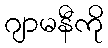
ဂျာမနီကို